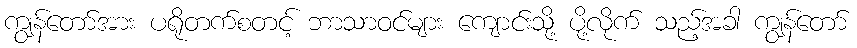
ကျွန်တော်အား ပရိုတက်စတင့် ဘာသာဝင်များ ကျောင်းသို့ ပို့လိုက် သည့်အခါ ကျွန်တော်